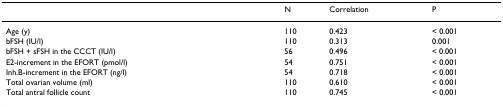
|  | N | Correlation | P |
 | --- | --- | --- | --- |
 | Age (y) | 110 | 0.423 | < 0.001 |
 | bFSH (IU/l) | 110 | 0.313 | 0.001 |
 | bFSH + sFSH in the CCCT (IU/l) | 56 | 0.496 | < 0.001 |
 | E2-increment in the EFORT (pmol/l) | 54 | 0.751 | < 0.001 |
 | Inh.B-increment in the EFORT (ng/l) | 54 | 0.718 | < 0.001 |
 | Total ovarian volume (ml) | 110 | 0.610 | < 0.001 |
 | Total antral follicle count | 110 | 0.745 | < 0.001 |